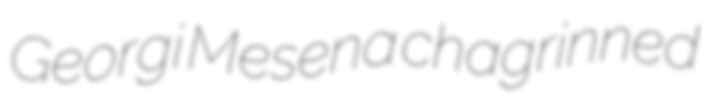
Georgi Mesena chagrinned